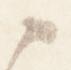
候